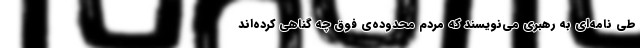
طی نامه‌ای به رهبری می‌نویسند که مردم محدوده‌ی فوق چه گناهی کرده‌اند